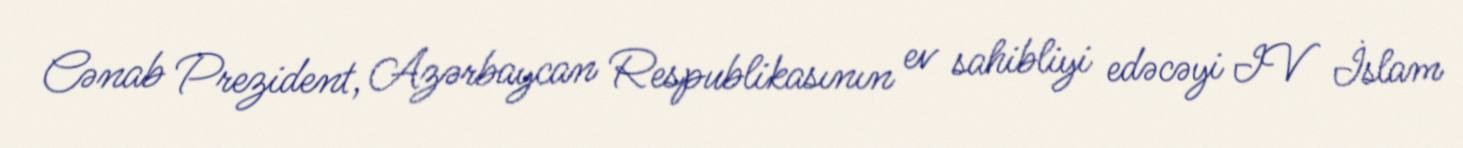
Cənab Prezident, Azərbaycan Respublikasının ev sahibliyi edəcəyi IV İslam